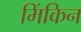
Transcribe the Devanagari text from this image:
मिंकिन